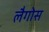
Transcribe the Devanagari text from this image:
लैगोस